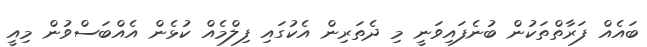
ބައެއް ފަރާތްތަކުން ބުނެފައިވަނީ މި ދެތަރިން އެކުގައި ފިލްމެއް ކުޅެން އެއްބަސްވުން މިއީ